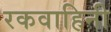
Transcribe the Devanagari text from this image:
रकवाहिनी